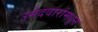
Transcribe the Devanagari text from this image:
उमेदवारांमधून